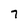
Character: 7